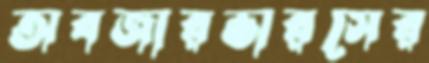
অবজারভারসের